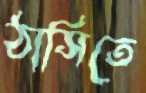
ঠাসিতে